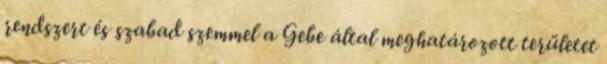
rendszert és szabad szemmel a Gebe által meghatározott területet